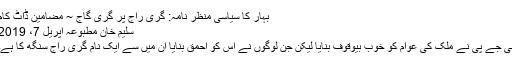
بہار کا سیاسی منظر نامہ: گری راج پر گری گاج ~ مضامین ڈاٹ کام
سلیم خان مطبوعہ اپریل 7، 2019
بی جے پی نے ملک کی عوام کو خوب بیوقوف بنایا لیکن جن لوگوں نے اس کو احمق بنایا ان میں سے ایک نام گری راج سنگھ کا ہے۔